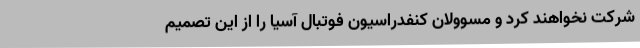
شرکت نخواهند کرد و مسوولان کنفدراسیون فوتبال آسیا را از این تصمیم